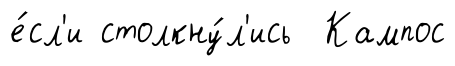
е́сл'и столкну́л'ись Кампос